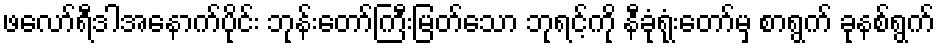
ဖလော်ရီဒါအနောက်ပိုင်း ဘုန်းတော်ကြီးမြတ်သော ဘုရင့်ကို နီခုံရုံးတော်မှ စာရွက် ခုနစ်ရွက်